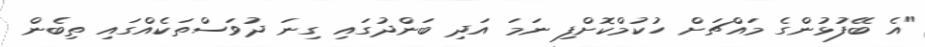
"އެ ބޭފުޅުންގެ މައްޗަށް ހުކުމްކޮށްފި ނަމަ އަދި ބަންދުގައި ގިނަ ދުވަސްތަކެއްގައި ތިބެން